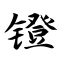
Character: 镫